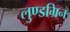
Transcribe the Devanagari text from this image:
लुण्डग्रिन